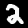
Digit: 2